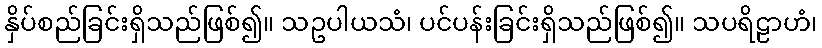
နှိပ်စည်ခြင်းရှိသည်ဖြစ်၍။ သဥပါယသံ၊ ပင်ပန်းခြင်းရှိသည်ဖြစ်၍။ သပရိဠာဟံ၊